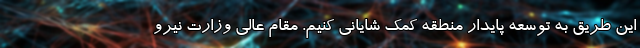
این طریق به توسعه پایدار منطقه کمک شایانی کنیم. مقام عالی وزارت نیرو